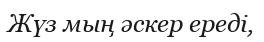
Жүз мың әскер ереді,